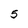
Character: 5